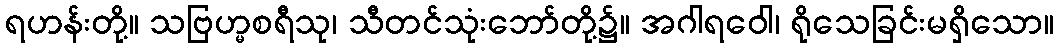
ရဟန်းတို့။ သဗြဟ္မစရီသု၊ သီတင်သုံးဘော်တို့၌။ အဂါရဝေါ၊ ရိုသေခြင်းမရှိသော။